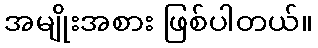
အမျိုးအစား ဖြစ်ပါတယ်။